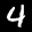
Label: 4